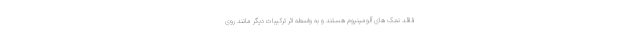
فاقد نمک های آلومینیوم هستند و به واسطه اثر ترکیبات دیگر مانند روی